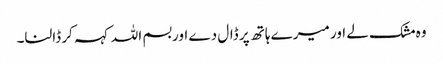
وہ مشک لے اور میرے ہاتھ پر ڈال دے اور بسم اللہ کہہ کر ڈالنا۔